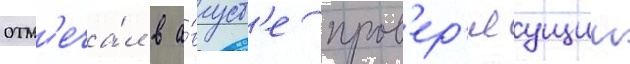
отм'еча́л в а́вгуст'е пров'ер'яущии